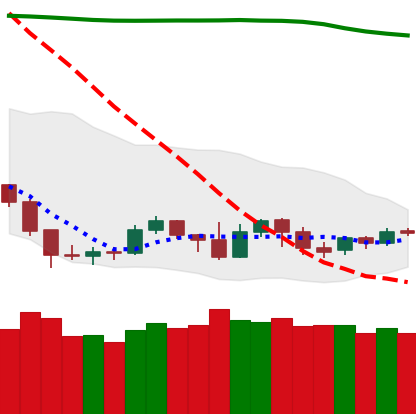
Ticker: NEO-USD
Chart end date: 2019-09-15
Forward return: 4.853%
Label: up_3_5